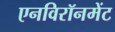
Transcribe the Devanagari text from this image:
एनविरॉनमेंट